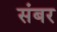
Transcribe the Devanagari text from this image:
संबर